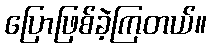
ပြောဖြစ်ခဲ့ကြတယ်။